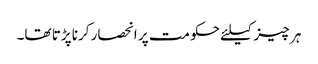
ہر چیز کیلئے حکومت پر انحصار کرنا پڑتا تھا۔